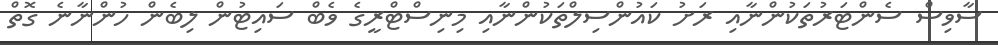
ސާވިސް ސެންޓަރުތަކުންނާއި ރަށު ކައުންސިލްތަކުންނާއި މިނިސްޓްރީގެ ވެބް ސައިޓުން ލިބެން ހުންނާނެ ގޮތް